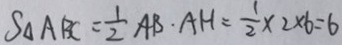
S _ { \Delta A B C } = \frac { 1 } { 2 } A B \cdot A H = \frac { 1 } { 2 } \times 2 \times 6 = 6